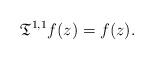
LaTeX: \begin{align*}{\mathfrak T}^{1,1}f(z) = f(z).\end{align*}